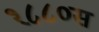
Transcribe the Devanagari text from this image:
१८८०स